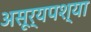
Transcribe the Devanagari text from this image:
असूर्यपश्या